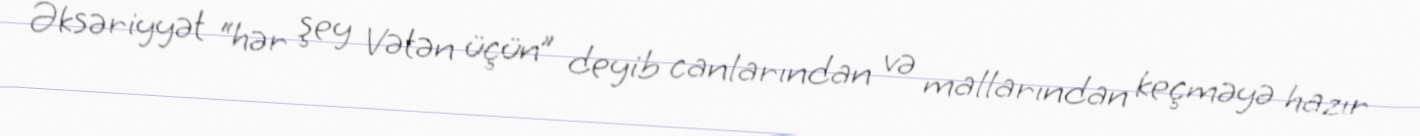
Əksəriyyət “hər şey Vətən üçün” deyib canlarından və mallarından keçməyə hazır